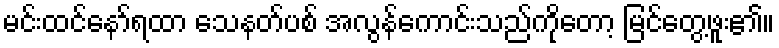
မင်းထင်နော်ရထာ သေနတ်ပစ် အလွန်ကောင်းသည်ကိုတော့ မြင်တွေ့ဖူး၏။